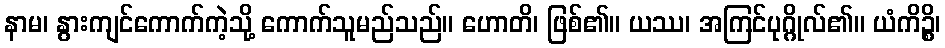
နာမ၊ နွားကျင်ကောက်ကဲ့သို့ ကောက်သူမည်သည်။ ဟောတိ၊ ဖြစ်၏။ ယဿ၊ အကြင်ပုဂ္ဂိုလ်၏။ ယံကိဉ္စိ၊